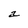
Character: a